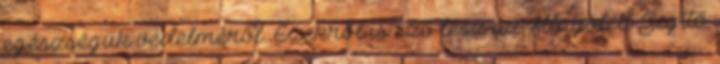
egészségük védelméről. Ezekről is szó lesz az Állatjóléti Segítő